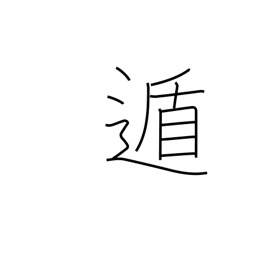
Meaning: flee